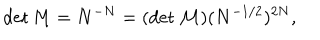
LaTeX: \det M = N ^ { - N } = ( \det { \cal M } ) ( N ^ { - 1 / 2 } ) ^ { 2 N } ,